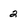
Character: 2